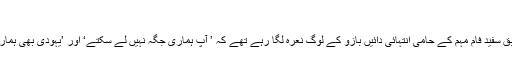
‘
نیویارک ٹائمز کے مطابق سفید فام مہم کے حامی انتہائی دائیں بازو کے لوگ نعرہ لگا رہے تھے کہ ’ آپ ہماری جگہ نہیں لے سکتے‘ اور ’یہودی بھی ہماری جگہ نہیں لے سکتے۔